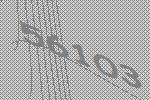
56103